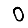
Digit: 0